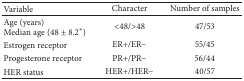
<table><thead><tr><td><b>Variable</b></td><td><b>Character</b></td><td><b>Number of samples</b></td></tr></thead><tbody><tr><td>Age (years) Median age (48 ± 8.2<sup><i>∗</i></sup>)</td><td>&lt;48/&gt;48</td><td>47/53</td></tr><tr><td>Estrogen receptor</td><td>ER+/ER−</td><td>55/45</td></tr><tr><td>Progesterone receptor</td><td>PR+/PR−</td><td>56/44</td></tr><tr><td>HER status</td><td>HER+/HER−</td><td>40/57</td></tr></tbody></table>